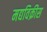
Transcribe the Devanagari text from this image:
मद्यविक्रीस